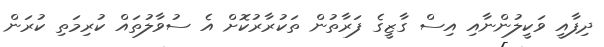
ދިފާއީ ވަކީލުންނާއި އިސް ގާޒީގެ ފަރާތުން ތަކުރާރުކޮށް އެ ސުވާލުތައް ކުރިމަތި ކުރަން